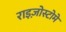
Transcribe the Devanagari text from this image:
राइज़ोस्टोमे